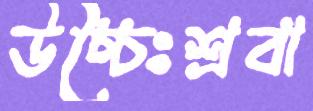
উচ্চৈঃশ্রবা